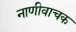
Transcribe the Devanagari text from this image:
नाणीवाचक